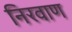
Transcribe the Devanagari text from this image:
निरवाण